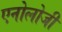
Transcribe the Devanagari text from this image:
एनोलोजी